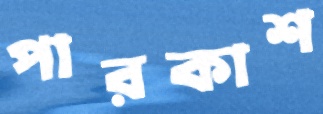
পারকাশ